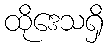
ထိုဒေသရှိ